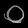
Digit: ၀